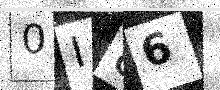
Text: 0I86